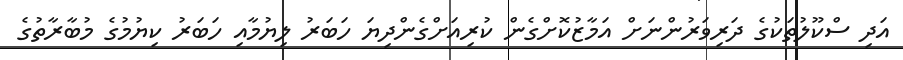
އަދި ސްކޫލުތަކުގެ ދަރިވަރުންނަށް އަމާޒުކޮށްގެން ކުރިއަށްގެންދިޔަ ހަބަރު ލިޔުމާއި ހަބަރު ކިޔުމުގެ މުބާރާތުގެ